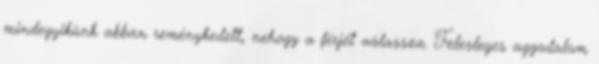
mindegyikünk abban reménykedett, nehogy a férjét válassza. Felesleges aggodalom